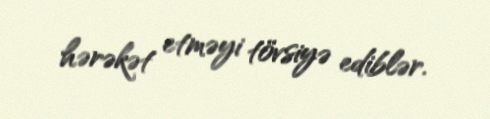
hərəkət etməyi tövsiyə ediblər.